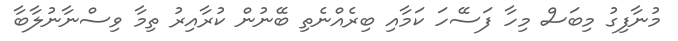
މުނާފިގު މިބަސް މިހާ ފަސޭހަ ކަމާއި ބިރެއްނެތި ބޭނުން ކުރާއިރު ތިމާ ވިސްނާނުލާބާ